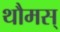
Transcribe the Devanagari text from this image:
थौमस्